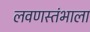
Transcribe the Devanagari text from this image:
लवणस्तंभाला